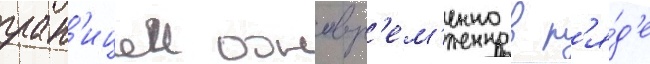
гран'ицеи одновр'ем'енно в р'я́д'е